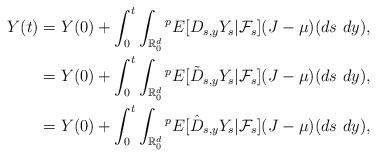
LaTeX: \begin{align*} Y(t) &= Y(0)+ \int_0^t\int_{\mathbb{R}^d_0} {^{p}}E[D_{s,y} Y_s| \mathcal{F}_s] (J-\mu)(ds\ dy),\\&=Y(0)+ \int_0^t\int_{\mathbb{R}^d_0} {^{p}}E[\tilde{D}_{s,y} Y_s| \mathcal{F}_s] (J-\mu)(ds\ dy),\\&=Y(0)+ \int_0^t\int_{\mathbb{R}^d_0} {^{p}}E[\hat{D}_{s,y} Y_s| \mathcal{F}_s] (J-\mu)(ds\ dy),\end{align*}